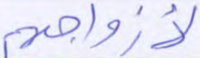
لأزواجهم